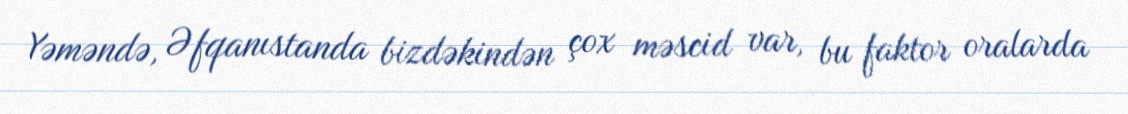
Yəməndə, Əfqanıstanda bizdəkindən çox məscid var, bu faktor oralarda